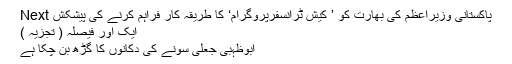
Next پاکستانی وزیراعظم کی بھارت کو ’ کیش ٹرانسفرپروگرام‘ کا طریقہ کار فراہم کرنے کی پیشکش
ایک اور فیصلہ ( تجزیہ )
ابوظہبی جعلی سونے کی دکانوں کا گڑھ بن چکا ہے